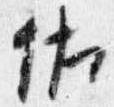
佐